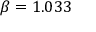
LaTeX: \beta = 1 . 0 3 3